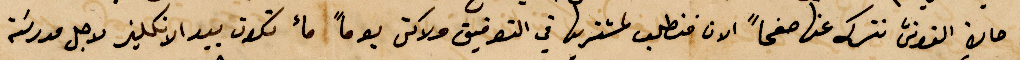
حال %% نتركه عنها صفحًا الان فنطلب لمشتريها في التوفيق ولاكن يومًا ماء تكون بيد الإنكليز لاجل مدرسة